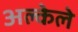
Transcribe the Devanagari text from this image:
अल्केले